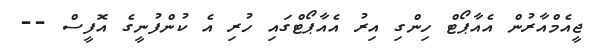
ޖީއެމްއާރުން އެއާޕޯޓް ހިންގި އިރު އެއާޕޯޓްގައި ހުރި އެ ކުންފުނީގެ އޮފީސް --